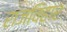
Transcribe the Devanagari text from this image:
राजविहार